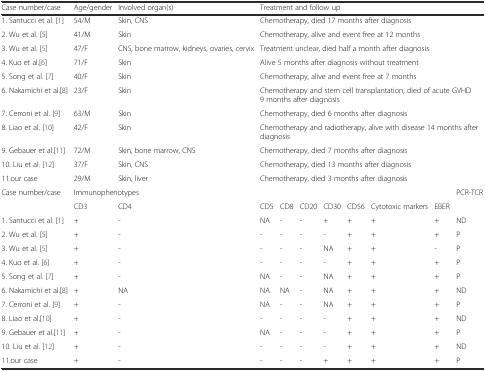
<table><thead><tr><td><b>Case number/case</b></td><td><b>Age/gender</b></td><td><b>Involved organ(s)</b></td><td colspan="8"><b>Treatment and follow up</b></td></tr></thead><tbody><tr><td>1. Santucci et al. [1]</td><td>54/M</td><td>Skin, CNS</td><td colspan="8">Chemotherapy, died 17 months after diagnosis</td></tr><tr><td>2. Wu et al. [5]</td><td>41/M</td><td>Skin</td><td colspan="8">Chemotherapy, alive and event free at 12 months</td></tr><tr><td>3. Wu et al. [5]</td><td>47/F</td><td>CNS, bone marrow, kidneys, ovaries, cervix</td><td colspan="8">Treatment unclear, died half a month after diagnosis</td></tr><tr><td>4. Kuo et al.[6]</td><td>71/F</td><td>Skin</td><td colspan="8">Alive 5 months after diagnosis without treatment</td></tr><tr><td>5. Song et al. [7]</td><td>40/F</td><td>Skin</td><td colspan="8">Chemotherapy, alive and event free at 7 months</td></tr><tr><td>6. Nakamichi et al.[8]</td><td>23/F</td><td>Skin</td><td colspan="8">Chemotherapy and stem cell transplantation, died of acute GVHD 9 months after diagnosis</td></tr><tr><td>7. Cerroni et al. [9]</td><td>63/M</td><td>Skin</td><td colspan="8">Chemotherapy, died 6 months after diagnosis</td></tr><tr><td>8. Liao et al. [10]</td><td>42/F</td><td>Skin</td><td colspan="8">Chemotherapy and radiotherapy, alive with disease 14 months after diagnosis</td></tr><tr><td>9. Gebauer et al.[11]</td><td>72/M</td><td>Skin, bone marrow, CNS</td><td colspan="8">Chemotherapy, died 7 months after diagnosis</td></tr><tr><td>10. Liu et al. [12]</td><td>37/F</td><td>Skin, CNS</td><td colspan="8">Chemotherapy, died 13 months after diagnosis</td></tr><tr><td>11.our case</td><td>29/M</td><td>Skin, liver</td><td colspan="8">Chemotherapy, died 3 months after diagnosis</td></tr><tr><td rowspan="2">Case number/case</td><td colspan="9">Immunophenotypes</td><td rowspan="2">PCR-TCR</td></tr><tr><td>CD3</td><td>CD4</td><td>CD5</td><td>CD8</td><td>CD20</td><td>CD30</td><td>CD56</td><td>Cytotoxic markers</td><td>EBER</td></tr><tr><td>1. Santucci et al. [1]</td><td>+</td><td>-</td><td>NA</td><td>-</td><td>-</td><td>+</td><td>+</td><td>+</td><td>+</td><td>ND</td></tr><tr><td>2. Wu et al. [5]</td><td>+</td><td>-</td><td>-</td><td>-</td><td>-</td><td>-</td><td>+</td><td>+</td><td>+</td><td>P</td></tr><tr><td>3. Wu et al. [5]</td><td>+</td><td>-</td><td>-</td><td>-</td><td>-</td><td>NA</td><td>+</td><td>+</td><td>-</td><td>P</td></tr><tr><td>4. Kuo et al. [6]</td><td>+</td><td>-</td><td>-</td><td>-</td><td>-</td><td>-</td><td>+</td><td>+</td><td>+</td><td>P</td></tr><tr><td>5. Song et al. [7]</td><td>+</td><td>-</td><td>NA</td><td>-</td><td>-</td><td>NA</td><td>+</td><td>+</td><td>+</td><td>P</td></tr><tr><td>6. Nakamichi et al.[8]</td><td>+</td><td>NA</td><td>NA</td><td>NA</td><td>-</td><td>NA</td><td>+</td><td>+</td><td>+</td><td>ND</td></tr><tr><td>7. Cerroni et al. [9]</td><td>+</td><td>-</td><td>NA</td><td>-</td><td>-</td><td>NA</td><td>+</td><td>+</td><td>+</td><td>P</td></tr><tr><td>8. Liao et al.[10]</td><td>+</td><td>-</td><td>-</td><td>-</td><td>-</td><td>-</td><td>+</td><td>+</td><td>+</td><td>ND</td></tr><tr><td>9. Gebauer et al.[11]</td><td>+</td><td>-</td><td>NA</td><td>-</td><td>-</td><td>-</td><td>+</td><td>+</td><td>+</td><td>P</td></tr><tr><td>10. Liu et al. [12]</td><td>+</td><td>-</td><td>-</td><td>-</td><td>-</td><td>-</td><td>+</td><td>+</td><td>+</td><td>ND</td></tr><tr><td>11.our case</td><td>+</td><td>-</td><td>-</td><td>-</td><td>-</td><td>+</td><td>+</td><td>+</td><td>+</td><td>P</td></tr></tbody></table>